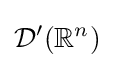
{\mathcal {D}}^{\prime }(\mathbb {R} ^{n})